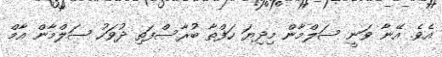
އެވެ. އޭނާ ވަނީ ސަލްމާން މިދިޔަ ހަފްތާ ބުރާސްފަތި ދުވަހު ސަލްމާން އާމް